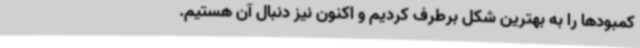
کمبودها را به بهترین شکل برطرف کردیم و اکنون نیز دنبال آن هستیم.